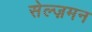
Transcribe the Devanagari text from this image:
सेल्ज़मन